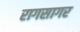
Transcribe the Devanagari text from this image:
रागसागर